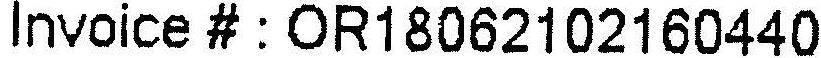
INVOICE# : OR18062102160440